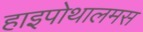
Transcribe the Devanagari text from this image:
हाइपोथालमस